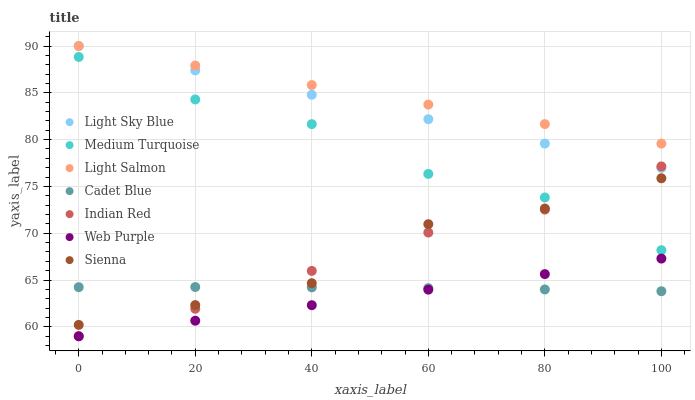
| xaxis_label | Light Sky Blue | Medium Turquoise | Light Salmon | Cadet Blue | Indian Red | Web Purple | Sienna |
 | --- | --- | --- | --- | --- | --- | --- | --- |
 | 0 | 90 | 88.8 | 90 | 64.2 | 59 | 59 | 60.2 |
 | 20 | 87.4 | 84.3 | 87.9 | 64.3 | 61.9 | 60.7 | 62.3 |
 | 40 | 84.8 | 81.7 | 85.8 | 64.2 | 66 | 62.3 | 64.7 |
 | 60 | 82.2 | 76.3 | 83.7 | 64.1 | 70.1 | 64 | 71 |
 | 80 | 79.6 | 73.8 | 81.7 | 64 | 72.5 | 65.6 | 72.6 |
 | 100 | 77 | 68.2 | 79.6 | 63.8 | 77.1 | 67.3 | 75.9 |